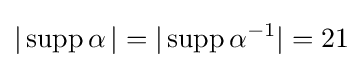
|\operatorname {supp} \alpha \,|=|\operatorname {supp} \alpha ^{-1}|=21